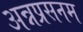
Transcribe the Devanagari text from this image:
अन्नप्रसनम